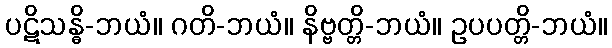
ပဋိသန္ဓိ-ဘယံ။ ဂတိ-ဘယံ။ နိဗ္ဗတ္တိ-ဘယံ။ ဥပပတ္တိ-ဘယံ။